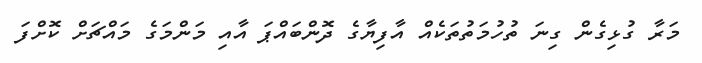
މަރާ ގުޅިގެން ގިނަ ތުހުމަތުތަކެއް އާފިޔާގެ ދޮންބައްޕަ އާއި މަންމަގެ މައްޗަށް ކޮށްފަ